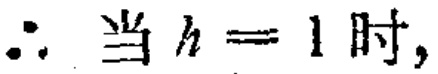
\(\therefore \text{当 } h = 1 \text{ 时,}\)